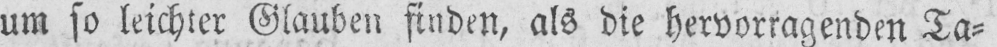
um so leichter Glauben finden, als die hervorragenden Ta⸗